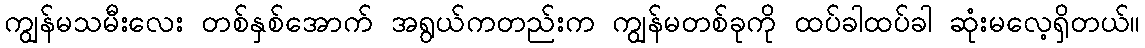
ကျွန်မသမီးလေး တစ်နှစ်အောက် အရွယ်ကတည်းက ကျွန်မတစ်ခုကို ထပ်ခါထပ်ခါ ဆုံးမလေ့ရှိတယ်။